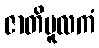
ဇာတိမူလကံ